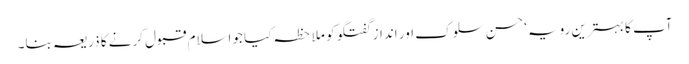
آپ کا بہترین رویہ‘ حسن سلوک اور انداز گفتگو کو ملاحظہ کیا جواسلام قبول کرنے کا ذریعہ بنا۔